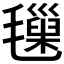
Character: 𣰩